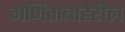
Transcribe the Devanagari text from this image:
गणिताबाहेरील